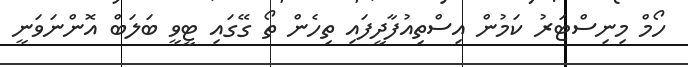
ހޯމް މިނިސްޓަރު ކަމުން އިސްތިއުފާދީފައި ތިހެން ތޯ ގޭގައި ޓީވީ ބަލަބް އޮންނަވަނީ